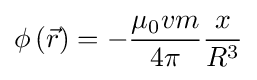
\phi \left({\vec {r}}\right)=-{\frac {\mu _{0}vm}{4\pi }}{\frac {x}{R^{3}}}